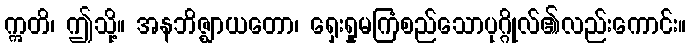
ဣတိ၊ ဤသို့။ အနဘိဇ္ဈာယတော၊ ရှေးရှုမကြံစည်သောပုဂ္ဂိုလ်၏လည်းကောင်း။